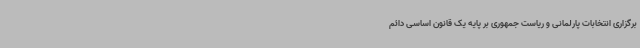
برگزاری انتخابات پارلمانی و ریاست جمهوری بر پایه یک قانون اساسی دائم